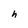
Character: h